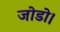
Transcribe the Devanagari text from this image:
जोडो।